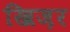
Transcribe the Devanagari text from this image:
खिज़र